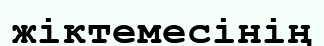
жіктемесінің